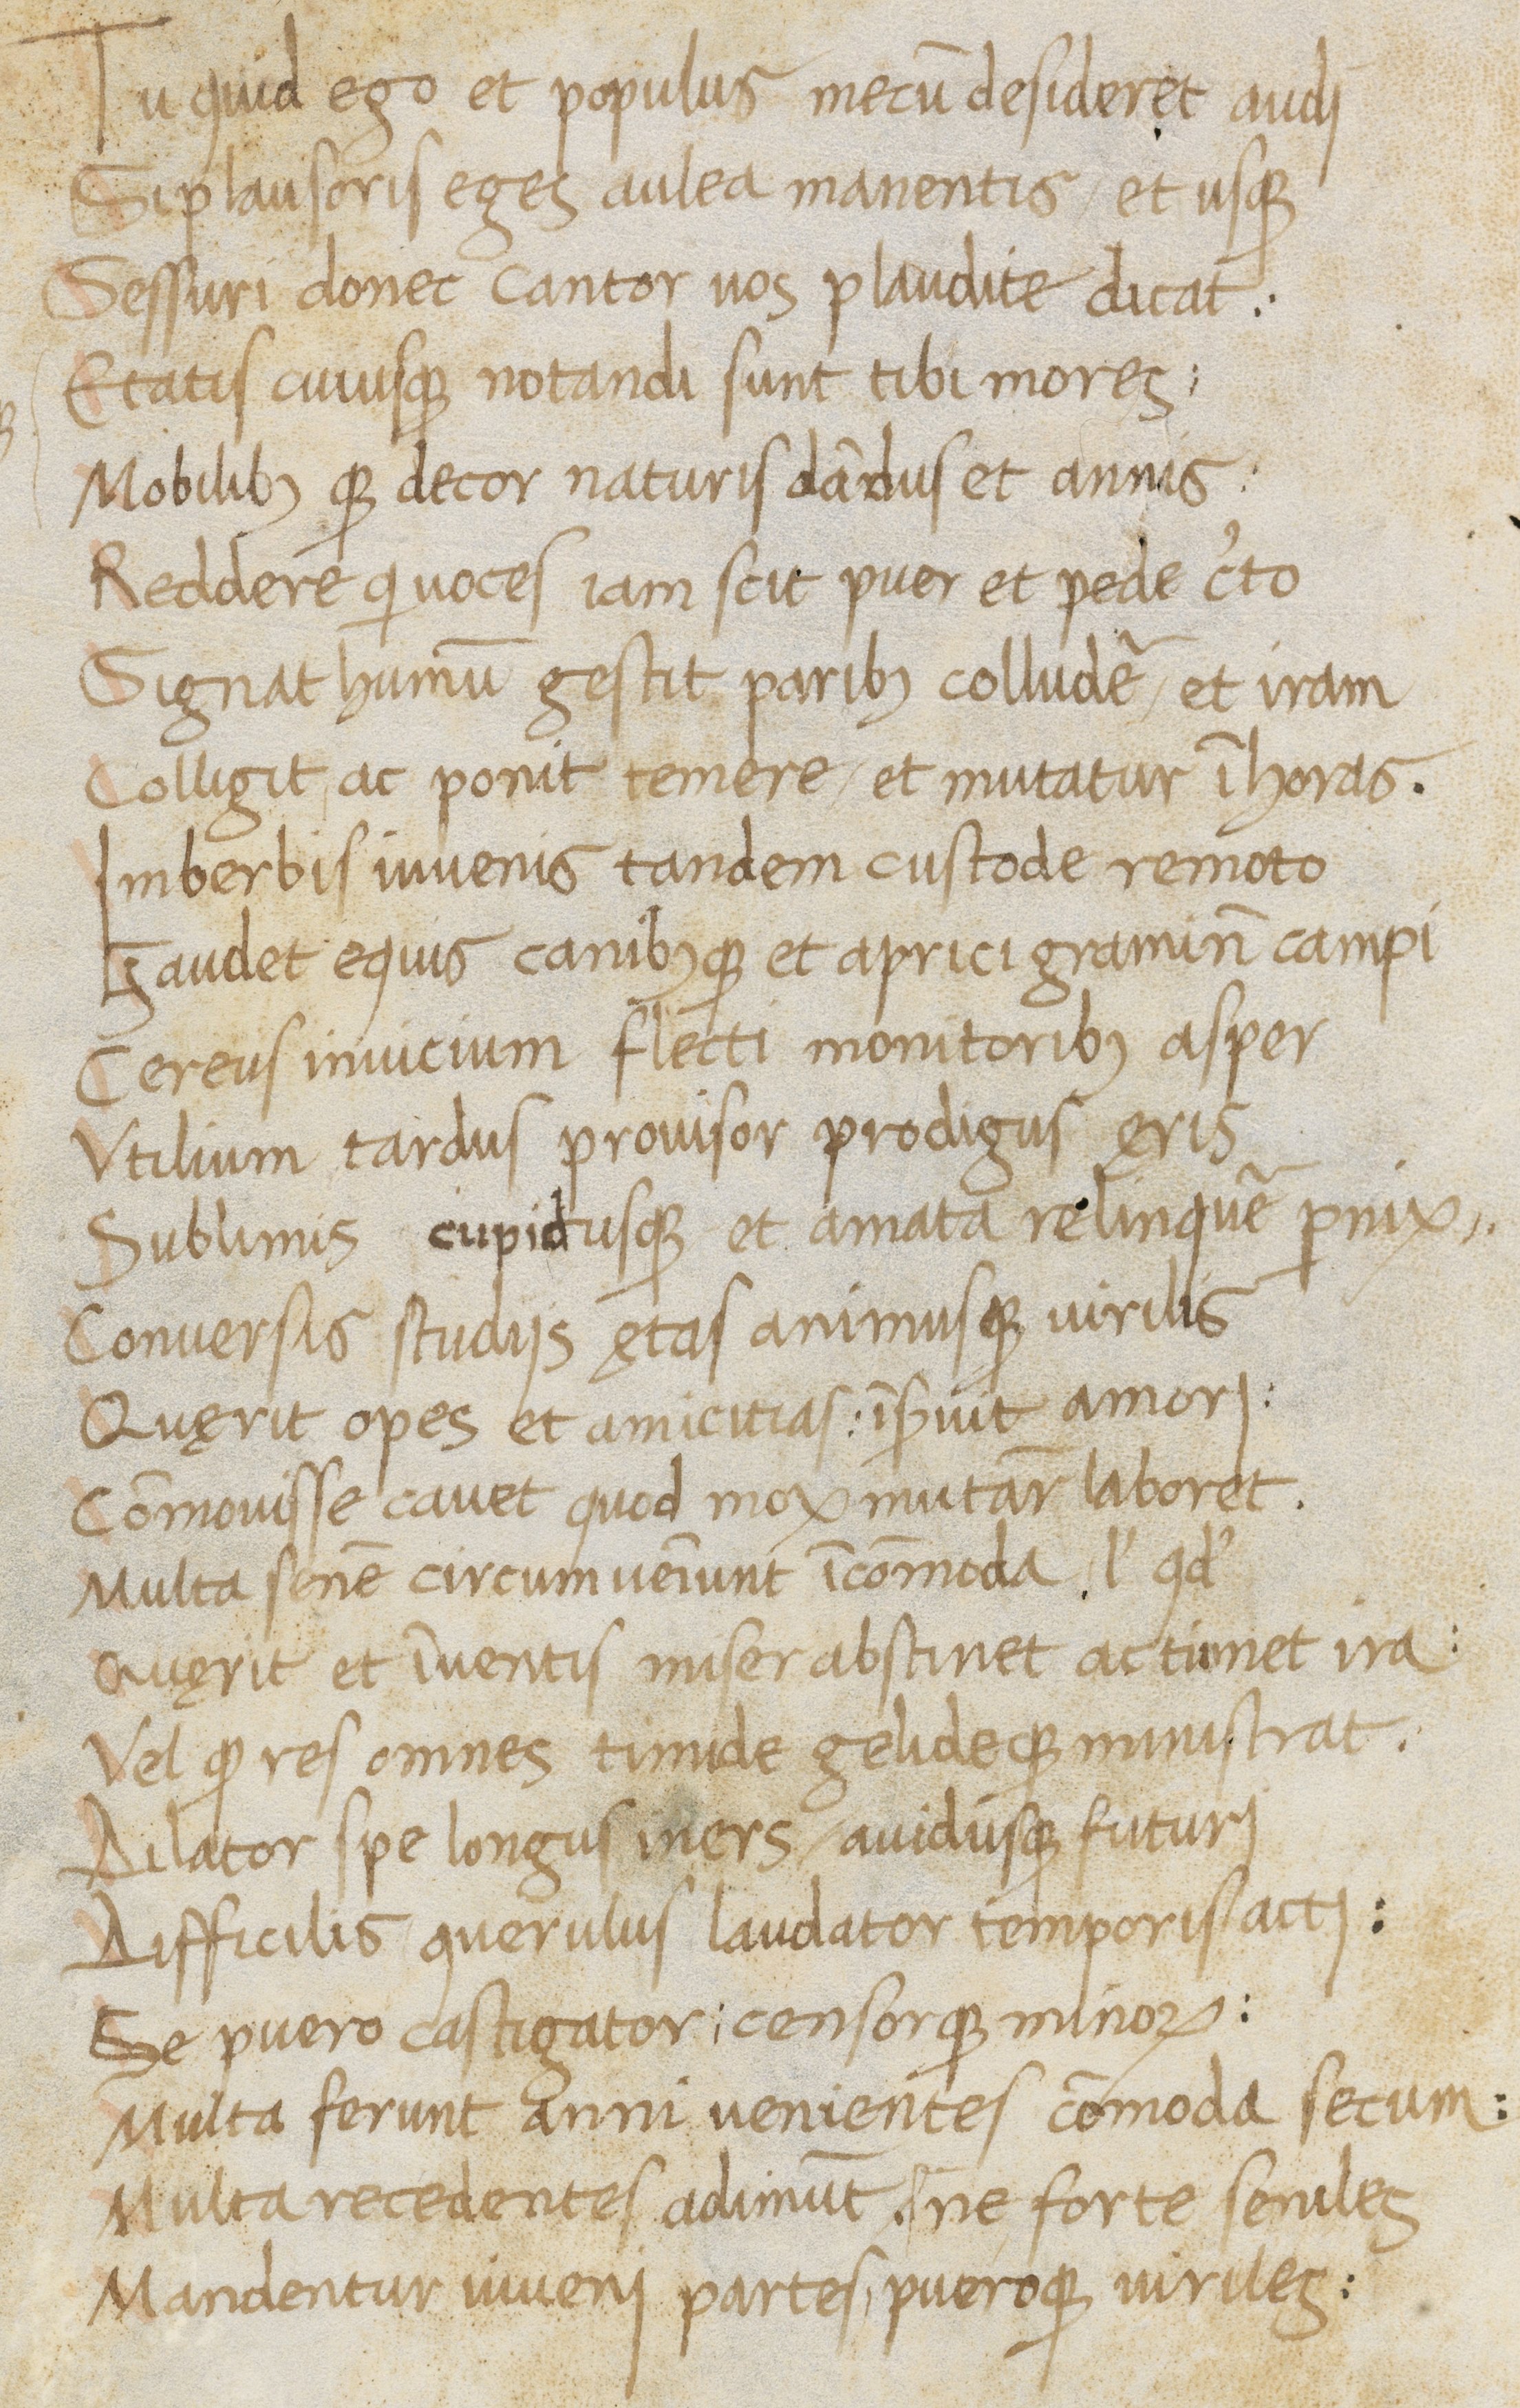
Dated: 1400–1499